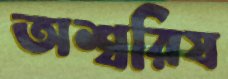
অশ্বরিষ